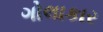
ગોલાકાર